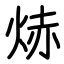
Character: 焃